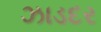
ઝાડદર